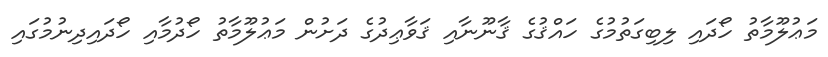
މަޢުލޫމާތު ހޯދައި ލިބިގަތުމުގެ ހައްޤުގެ ޤާނޫނާއި ޤަވާޢިދުގެ ދަށުން މަޢުލޫމާތު ހޯދުމާއި ހޯދައިދިނުމުގައި